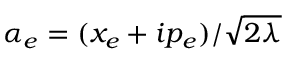
\alpha _ { e } = ( x _ { e } + i p _ { e } ) / \sqrt { 2 \lambda }